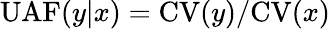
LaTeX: \mathrm{UAF}(y|x)=\mathrm{CV}(y)/\mathrm{CV}(x)